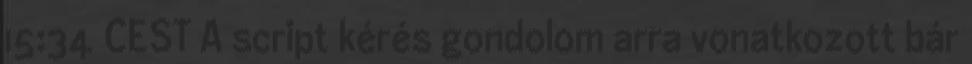
15:34 CEST A script kérés gondolom arra vonatkozott bár